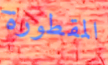
المقطورة